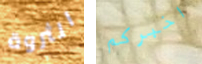
الثروة اخبركم